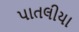
પાતલીયા